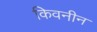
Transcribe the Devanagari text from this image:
किवनीन